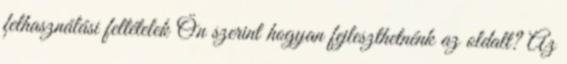
felhasználási feltételek Ön szerint hogyan fejleszthetnénk az oldalt? Az